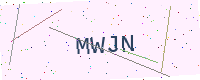
Text: MWJN